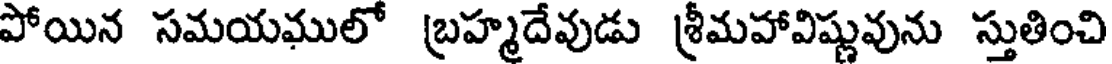
పోయిన సమయములో బ్రహ్మదేవుడు శ్రీమహావిష్ణువును స్తుతించి